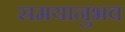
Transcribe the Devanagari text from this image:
समयानुभव